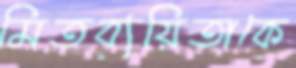
মিতব্যয়িতাকে